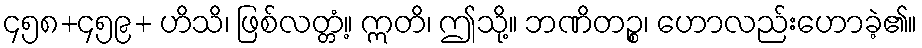
၄၅၈+၄၅၉+ ဟိသိ၊ ဖြစ်လတ္တံ့။ ဣတိ၊ ဤသို့။ ဘဏိတဉ္စ၊ ဟောလည်းဟောခဲ့၏။